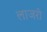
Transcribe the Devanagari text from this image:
लाजरी